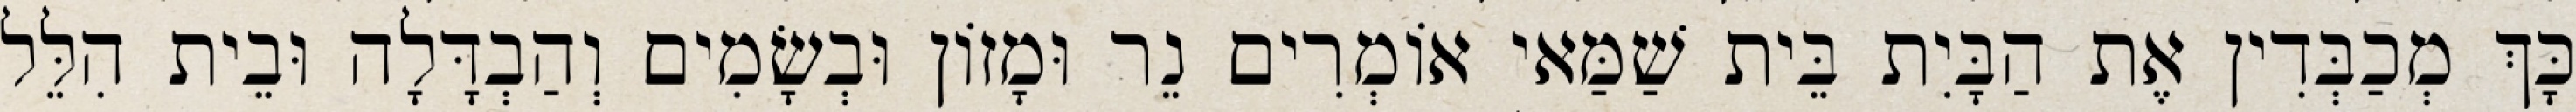
כָּךְ מְכַבְּדִין אֶת הַבָּיִת בֵּית שַׁמַּאי אוֹמְרִים נֵר וּמָזוֹן וּבְשָׂמִים וְהַבְדָּלָה וּבֵית הִלֵּל